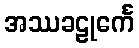
အဿခဠုင်္ကေ